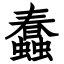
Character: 蠢